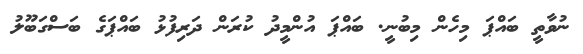
ނުވާތީ ބައްޕަ މިހެން މިބުނީ. ބައްޕަ އުންމީދު ކުރަން ދަރިފުޅު ބައްޕަގެ ބަސްގަބޫލު